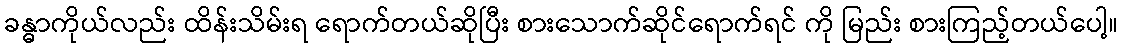
ခန္ဓာကိုယ်လည်း ထိန်းသိမ်းရ ရောက်တယ်ဆိုပြီး စားသောက်ဆိုင်ရောက်ရင် ကို မြည်း စားကြည့်တယ်ပေါ့။